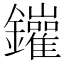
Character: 𨰁